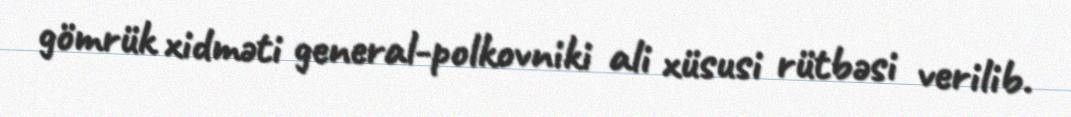
gömrük xidməti general-polkovniki ali xüsusi rütbəsi verilib.